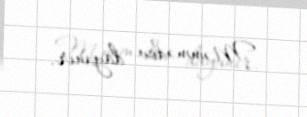
Məmmədov dayanır.